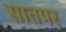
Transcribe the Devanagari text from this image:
सातपर